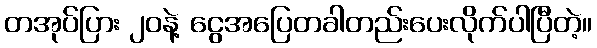
တအုပ်ပြား ၂၀နဲ့ ငွေအပြေတခါတည်းပေးလိုက်ပါပြီတဲ့။